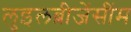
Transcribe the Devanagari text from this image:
लुइलब्रीजेंसींम